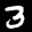
Label: 3